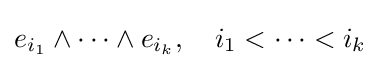
e_{i_{1}}\wedge \cdots \wedge e_{i_{k}},\quad i_{1}<\cdots <i_{k}